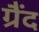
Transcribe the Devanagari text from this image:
ग्रैंद